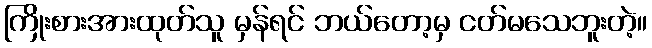
ကြိုးစားအားထုတ်သူ မှန်ရင် ဘယ်တော့မှ ငတ်မသေဘူးတဲ့။